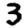
Digit: 3